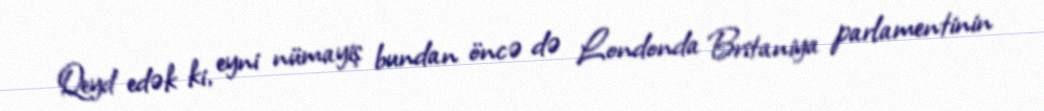
Qeyd edək ki, eyni nümayiş bundan öncə də Londonda Britaniya parlamentinin